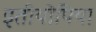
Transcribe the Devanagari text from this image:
इतीयोपिया